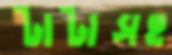
টাটাসহ